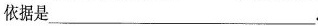
依据是___。